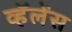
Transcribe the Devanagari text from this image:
व्हॅलेंस